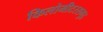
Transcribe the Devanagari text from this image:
किलोमीटरसमुद्र